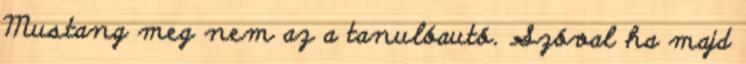
Mustang meg nem az a tanulóautó. Szóval ha majd